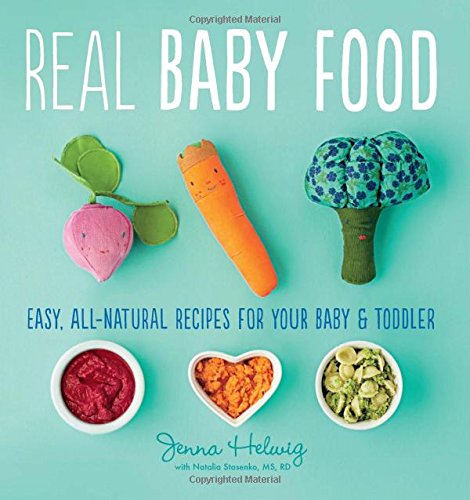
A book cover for Real Baby Food: Easy, All-Natural Recipes for Your Baby and Toddler; Jenna Helwig; Cookbooks, Food & Wine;